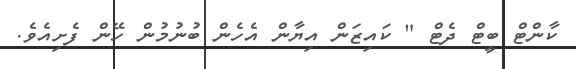
ކާންޓް ބީޓް ދެޓް " ކައިޒަން އިޔާން އެހެން ބުނުމުން ހޭން ފެށިއެވެ.